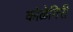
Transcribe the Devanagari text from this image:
कोळेगिरी